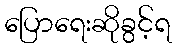
ပြောရေးဆိုခွင့်ရ